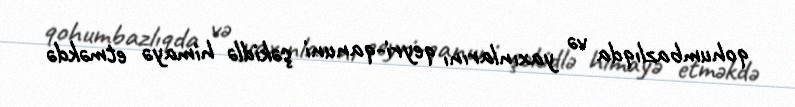
qohumbazlıqda və yaxınlarını qeyri-qanuni şəkidlə himayə etməkdə